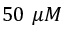
5 0 ~ \mu M